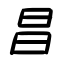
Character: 昌